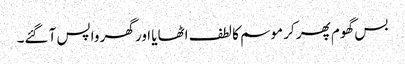
بس گھوم پھر کر موسم کا لطف اٹھایا اور گھر واپس آ گئے۔